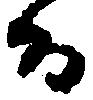
而